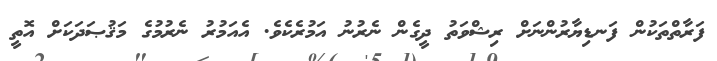
ފަރާތްތަކުން ފަނޑިޔާރުންނަށް ރިޝްވަތު ދީގެން ނެރުނު އަމުރެކެވެ. އެއަމުރު ނެރުމުގެ މަޤުޞަދަކަށް އޮތީ